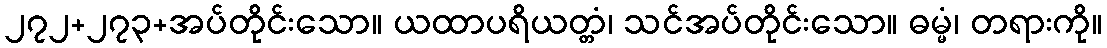
၂၇၂+၂၇၃+အပ်တိုင်းသော။ ယထာပရိယတ္တံ၊ သင်အပ်တိုင်းသော။ ဓမ္မံ၊ တရားကို။